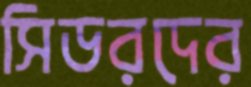
সিডরদের